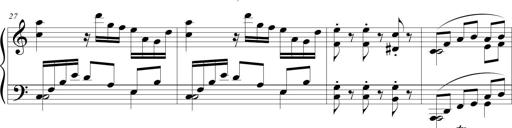
Title: Beatrice Bellaboomboom
Composer: Michel Rondeau
Key: A minor